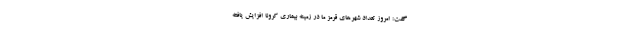
گفت: امروز تعداد شهرهای قرمز ما در زمینه بیماری کرونا افزایش یافته